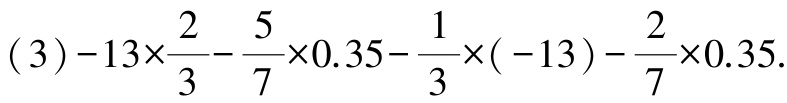
\((3)-13\times\frac{2}{3}-\frac{5}{7}\times0.35-\frac{1}{3}\times(-13)-\frac{2}{7}\times0.35\)